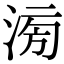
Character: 𣶢